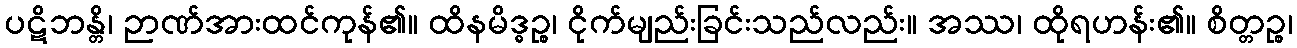
ပဋိဘန္တိ၊ ဉာဏ်အားထင်ကုန်၏။ ထိနမိဒ္ဓဉ္စ၊ ငိုက်မျည်းခြင်းသည်လည်း။ အဿ၊ ထိုရဟန်း၏။ စိတ္တဉ္စ၊